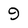
Character: 9